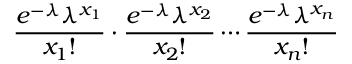
{ \frac { e ^ { - \lambda } \lambda ^ { x _ { 1 } } } { x _ { 1 } ! } } \cdot { \frac { e ^ { - \lambda } \lambda ^ { x _ { 2 } } } { x _ { 2 } ! } } \cdots { \frac { e ^ { - \lambda } \lambda ^ { x _ { n } } } { x _ { n } ! } }